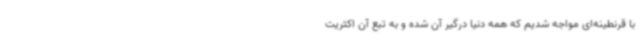
با قرنطینه‌ای مواجه شدیم که همه دنیا درگیر آن شده و به تبع آن اکثریت